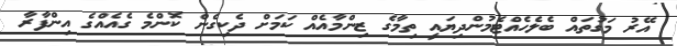
އޭރު މަގުތައް ބެލެހެއްޓެމުންދިޔައީ ތިމާގެ ޒިންމާއެއް ކަމަށް ދެކިގެން ކޮންމެ ގެއެއްގެ އިންފާރާ